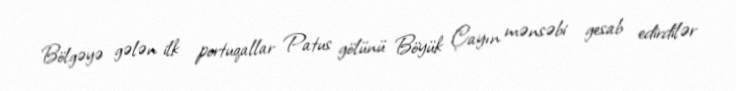
Bölgəyə gələn ilk portuqallar Patus gölünü Böyük Çayın mənsəbi gesab edirdilər